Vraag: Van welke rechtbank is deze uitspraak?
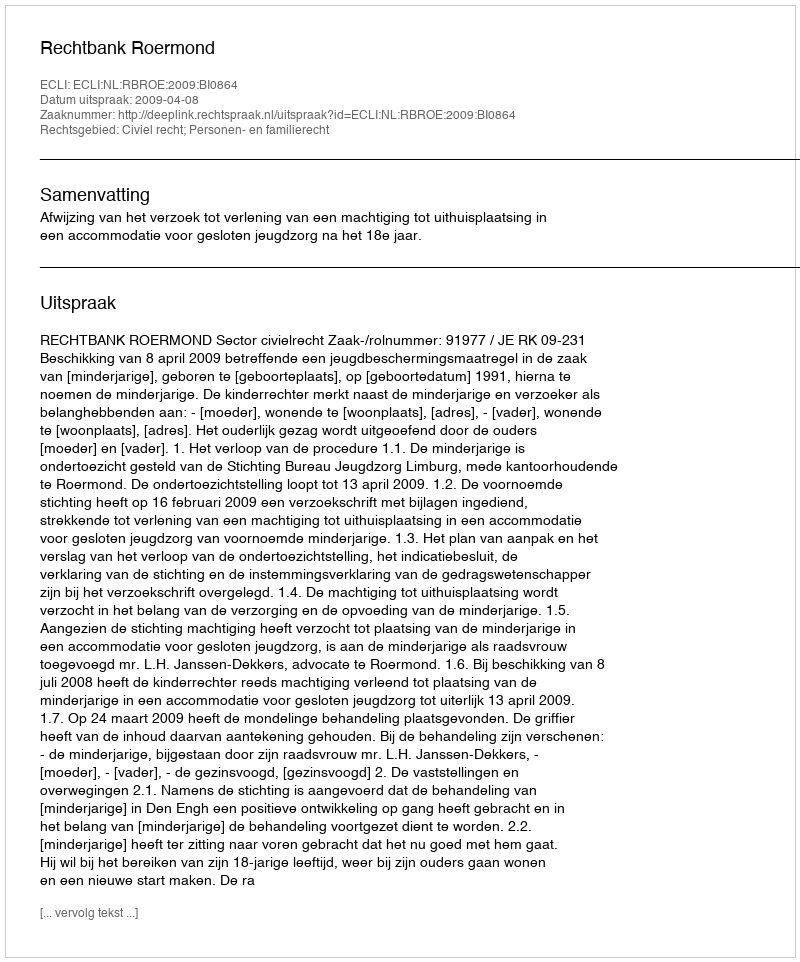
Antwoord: Rechtbank Roermond